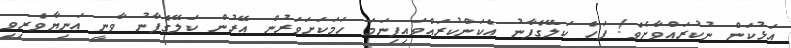
އަޅުކަން ނުކުރައްވާށެވެ! ފަހެ ކަލޭގެފާނު އެކަންކުރައްވައިފިނަމަ ހަމަކަށަވަރުން އޭރުން ކަލޭގެފާނު ވާނީ އަނިޔާވެރިވި